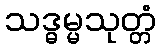
သဒ္ဓမ္မသုတ္တံ